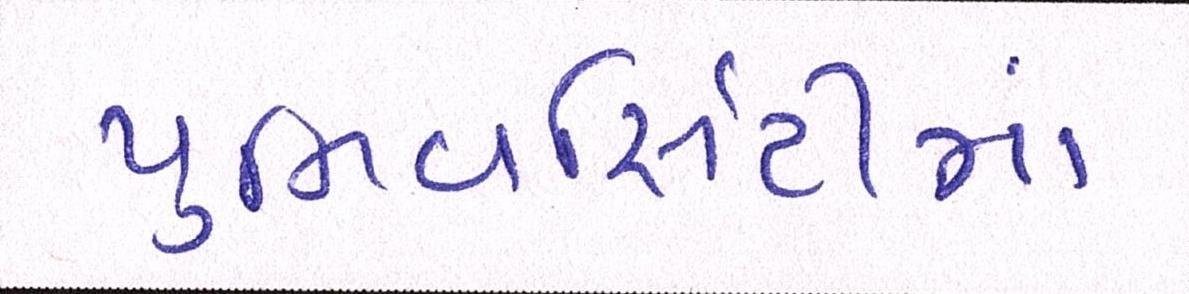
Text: યુનિવર્સિટીમાં